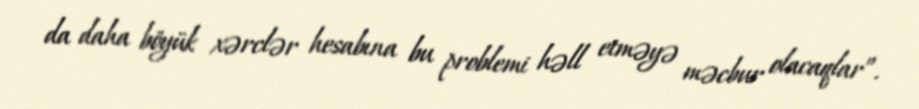
da daha böyük xərclər hesabına bu problemi həll etməyə məcbur olacaqlar”.